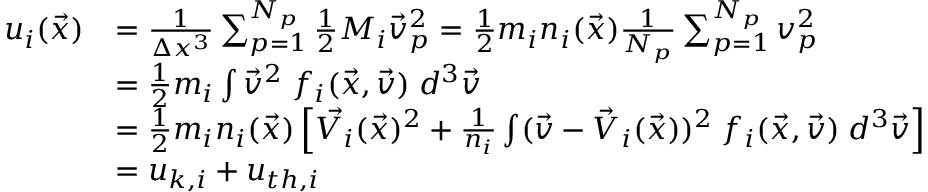
\begin{array} { r l } { u _ { i } ( \vec { x } ) } & { = \frac { 1 } { \Delta x ^ { 3 } } \sum _ { p = 1 } ^ { N _ { p } } \frac { 1 } { 2 } M _ { i } \vec { v } _ { p } ^ { 2 } = \frac { 1 } { 2 } m _ { i } n _ { i } ( \vec { x } ) \frac { 1 } { N _ { p } } \sum _ { p = 1 } ^ { N _ { p } } v _ { p } ^ { 2 } } \\ & { = \frac { 1 } { 2 } m _ { i } \int \vec { v } ^ { 2 } \; f _ { i } ( \vec { x } , \vec { v } ) \; d ^ { 3 } \vec { v } } \\ & { = \frac { 1 } { 2 } m _ { i } n _ { i } ( \vec { x } ) \left[ \vec { V _ { i } } ( \vec { x } ) ^ { 2 } + \frac { 1 } { n _ { i } } \int ( \vec { v } - \vec { V } _ { i } ( \vec { x } ) ) ^ { 2 } \; f _ { i } ( \vec { x } , \vec { v } ) \; d ^ { 3 } \vec { v } \right] } \\ & { = u _ { k , i } + u _ { t h , i } } \end{array}